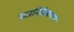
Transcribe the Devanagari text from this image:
राजनितिकरण